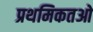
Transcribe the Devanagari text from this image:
प्रथमिकतओ